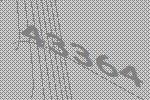
43364